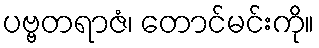
ပဗ္ဗတရာဇံ၊ တောင်မင်းကို။